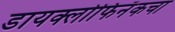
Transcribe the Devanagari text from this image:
डायक्लोफिनॅकचा